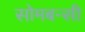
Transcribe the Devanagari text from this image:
सोमबन्सी